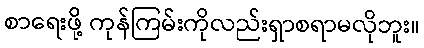
စာရေးဖို့ ကုန်ကြမ်းကိုလည်းရှာစရာမလိုဘူး။